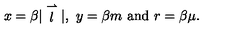
x = \beta | \stackrel { \rightharpoonup } { l } | , \ y = \beta m \ \mathrm { a n d } \ r = \beta \mu .